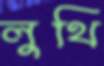
লুথি